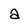
Character: 2